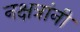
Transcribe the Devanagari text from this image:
नक्षत्रांनी